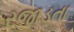
રજાડતા